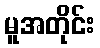
မူအတိုင်း